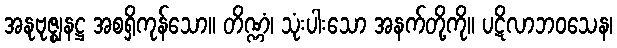
အနုဗုဇ္ဈနဋ္ဌ အစရှိကုန်သော။ တိဏ္ဏံ၊ သုံးပါးသော အနက်တို့ကို။ ပဋိလာဘဝသေန၊